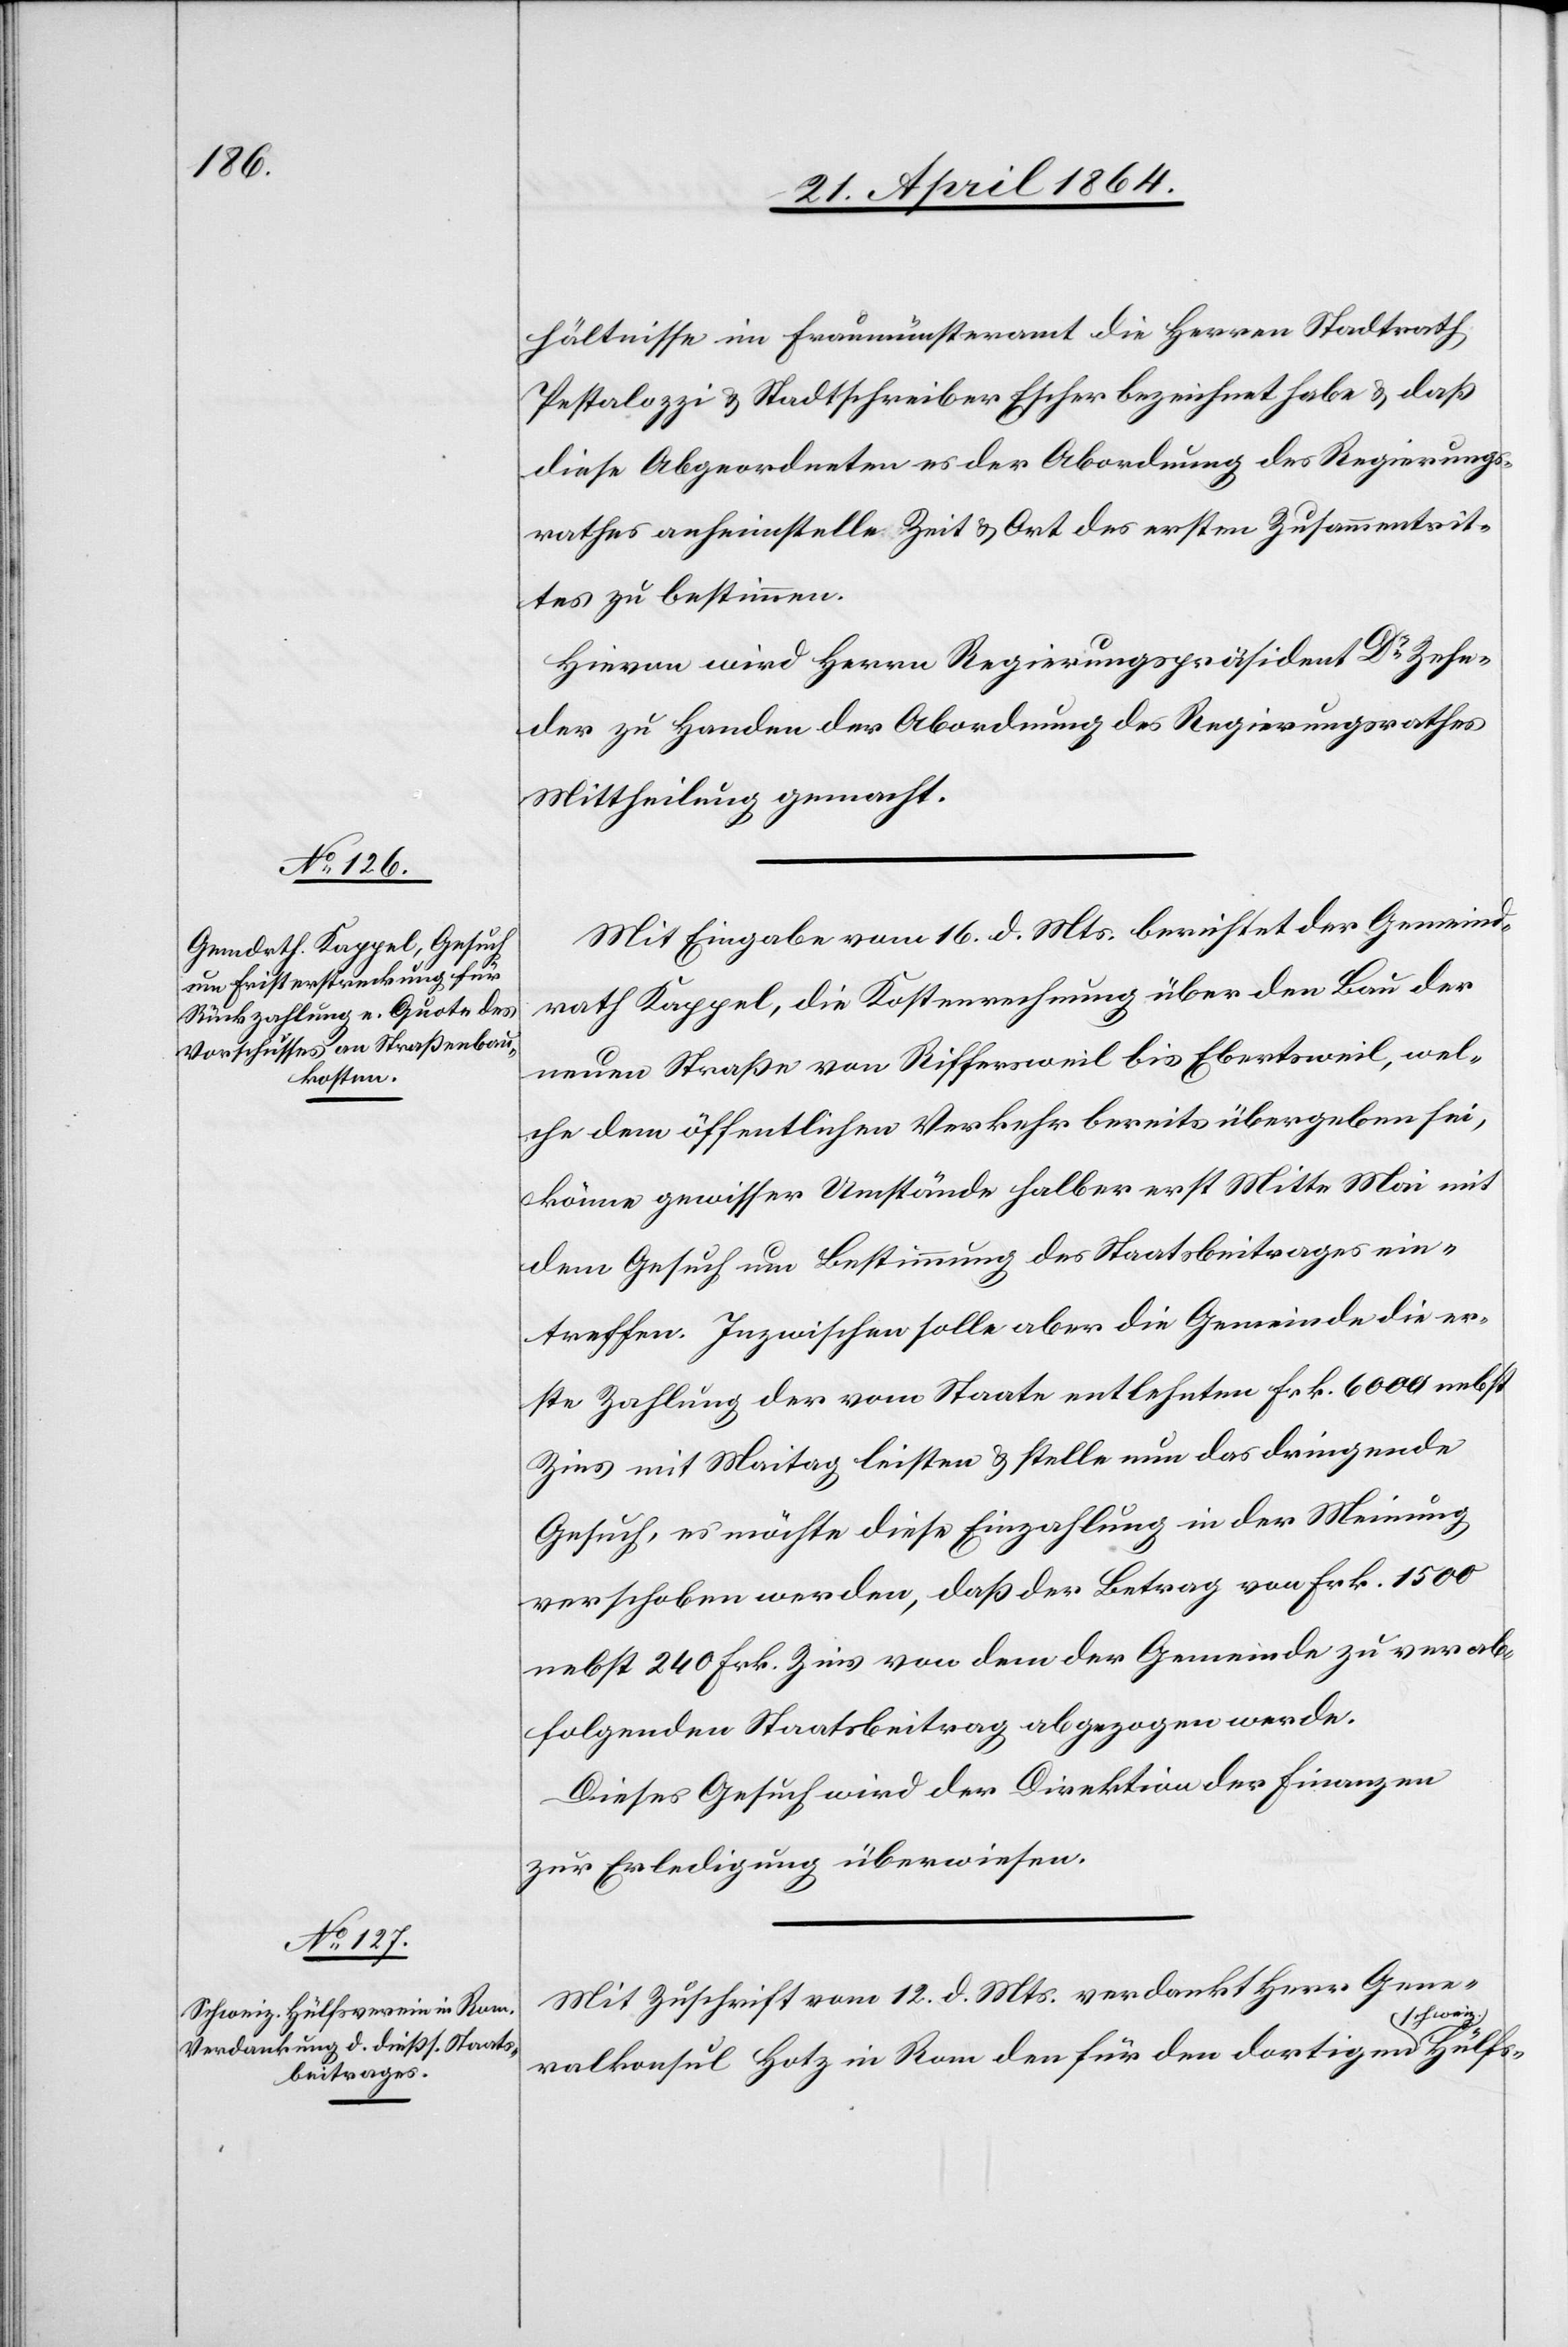
hweiz.

hältnisse im Fraumünsteramt die Herren Stadtrath
Pestalozzi u. Stadtschreiber Escher bezeichnet habe u. daß
diese Abgeordneten es der Abordnung des Regierungs¬
rathes anheimstelle Zeit u. Ort des ersten Zusammentrit¬
tes zu bestimmen.
Hievon wird Herrn Regierungspräsident Dr Zehn¬
der zu Handen der Abordnung des Regierungsrathes
Mittheilung gemacht.
Mit Eingabe vom 16. d. Mts. berichtet der Gemeind¬
rath Kappel, die Kostenrechnung über den Bau der
neuen Straße von Riffersweil bis Ebertsweil, wel¬
che dem öffentlichen Verkehr bereits übergeben sei,
könne gewisser Umstände halber erst Mitte Mai mit
dem Gesuch um Bestimmung des Staatsbeitrages ein¬
treffen. Inzwischen solle aber die Gemeinde die er¬
ste Zahlung der vom Staate entlehnten Frk. 600 nebst
Zins mit Maitag leisten u. stelle nun das dringende
Gesuch, es möchte diese Einzahlung in der Meinung
verschoben werden, daß der Betrag von Frk. 1500
nebst 240 Frk. Zins von dem der Gemeinde zu verab¬
folgenden Staatsbeitrag abgezogen werde.
Dieses Gesuch wird der Direktion der Finanzen
zur Erledigung überwiesen.
Mit Zuschrift vom 12. d. Mts. verdankt Herr Gene¬
ralkonsul Hotz in Rom den für den dortigen sc¬